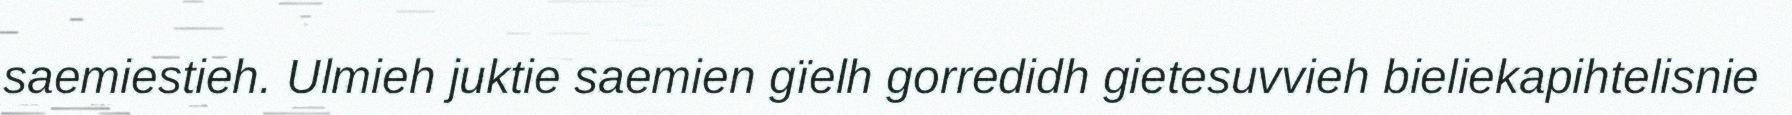
saemiestieh. Ulmieh juktie saemien gïelh gorredidh gietesuvvieh bieliekapihtelisnie